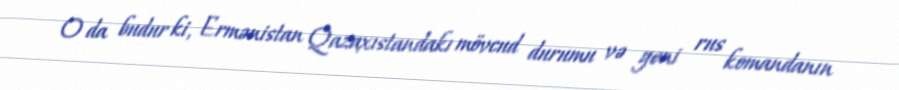
O da budur ki, Ermənistan Qazaxıstandakı mövcud durumu və yeni rus komandanın